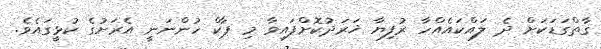
ގާތްގަޑަކަށް ދެ ލައްކައެއްހާ ރުފިޔާ ޚަރަދުކޮށްފައިވާ މި ޕާކް ހުންނަނީ އެރަށުގެ ކުޅީގައެވެ.